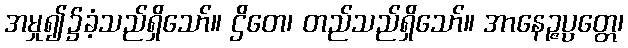
အမှု၍၌ခံ့သည်ရှိသော်။ ဌိတေ၊ တည်သည်ရှိသော်။ အာနေဉ္ဇပ္ပတ္တေ၊